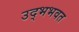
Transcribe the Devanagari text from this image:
उद्भभवत